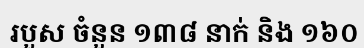
របួស ចំនួន ១៣៨ នាក់ និង ១៦០